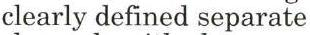
clearly defined separate